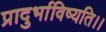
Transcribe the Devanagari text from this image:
प्रादुर्भाविष्यति।।